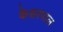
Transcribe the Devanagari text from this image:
केशरपाल